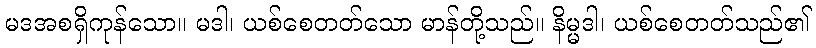
မဒအစရှိကုန်သော။ မဒါ၊ ယစ်စေတတ်သော မာန်တို့သည်။ နိမ္မဒါ၊ ယစ်စေတတ်သည်၏